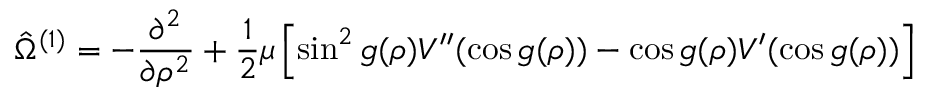
\hat { \Omega } ^ { ( 1 ) } = - \frac { \partial ^ { 2 } } { \partial \rho ^ { 2 } } + \frac 1 2 \mu \left[ \sin ^ { 2 } g ( \rho ) V ^ { \prime \prime } ( \cos g ( \rho ) ) - \cos g ( \rho ) V ^ { \prime } ( \cos g ( \rho ) ) \right]